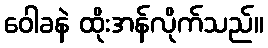
ဝေါခနဲ ထိုးအန်လိုက်သည်။